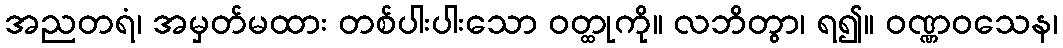
အညတရံ၊ အမှတ်မထား တစ်ပါးပါးသော ဝတ္ထုကို။ လဘိတွာ၊ ရ၍။ ဝဏ္ဏဝသေန၊